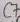
Text: C7